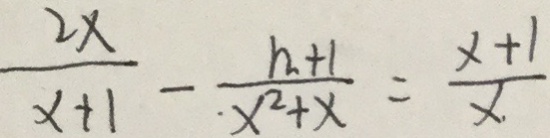
\frac { 2 x } { x + 1 } - \frac { h + 1 } { x ^ { 2 } + x } = \frac { x + 1 } { x }